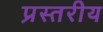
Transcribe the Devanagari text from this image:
प्रस्तरीय